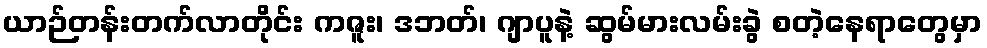
ယာဉ်တန်းတက်လာတိုင်း ကဇူး၊ ဒဘတ်၊ ဂျာပူနဲ့ ဆွမ်မားလမ်းခွဲ စတဲ့နေရာတွေမှာ